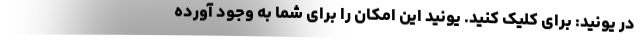
در یونید: برای کلیک کنید. یونید این امکان را برای شما به وجود آورده